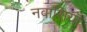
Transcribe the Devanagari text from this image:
नवासियाॅ